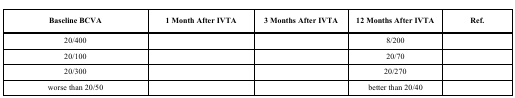
<table><thead><tr><td><b>Baseline BCVA</b></td><td><b>1 Month After IVTA</b></td><td><b>3 Months After IVTA</b></td><td><b>12 Months After IVTA</b></td><td><b>Ref.</b></td></tr></thead><tbody><tr><td>20/400</td><td>[EMPTY_CELL]</td><td>[EMPTY_CELL]</td><td>8/200</td><td>[EMPTY_CELL]</td></tr><tr><td>20/100</td><td>[EMPTY_CELL]</td><td>[EMPTY_CELL]</td><td>20/70</td><td>[EMPTY_CELL]</td></tr><tr><td>20/300</td><td>[EMPTY_CELL]</td><td>[EMPTY_CELL]</td><td>20/270</td><td>[EMPTY_CELL]</td></tr><tr><td>worse than 20/50</td><td>[EMPTY_CELL]</td><td>[EMPTY_CELL]</td><td>better than 20/40</td><td>[EMPTY_CELL]</td></tr></tbody></table>